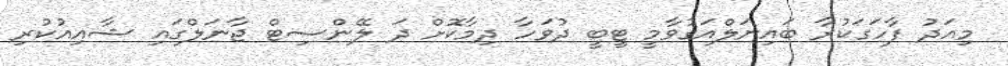
މިއަދު ފާހަގަކުރާ ބައިނަލްއަގުވާމީ ޓީބީ ދުވަހާ ދިމާކޮށް ދަ ލޭންސިޓް ޖާނަލްގައި ޝާއިއުކުރި